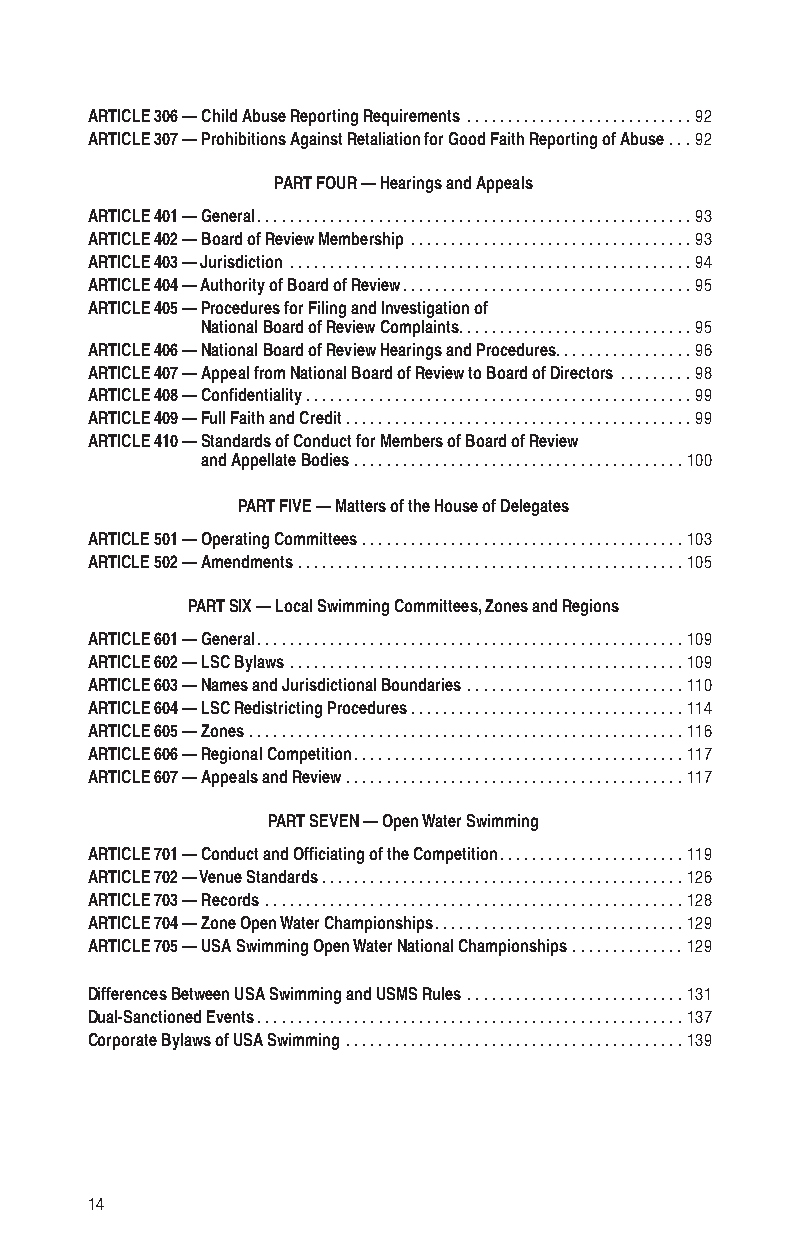
ARTICLE 306 — Child Abuse Reporting Requirements ............................92
 ARTICLE 307 — Prohibitions Against Retaliation for Good Faith Reporting of Abuse ...92
 PART FOUR — Hearings and Appeals
 ARTICLE 401 — General ......................................................93
 ARTICLE 402 — Board of Review Membership ...................................93
 ARTICLE 403 — Jurisdiction ..................................................94
 ARTICLE 404 — Authority of Board of Review ....................................95
 ARTICLE 405 — Procedures for Filing and Investigation of
 National Board of Review Complaints .............................95
 ARTICLE 406 — National Board of Review Hearings and Procedures .................96
 ARTICLE 407 — Appeal from National Board of Review to Board of Directors .........98
 ARTICLE 408 — Confidentiality ................................................99
 ARTICLE 409 — Full Faith and Credit ...........................................99
 ARTICLE 410 — Standards of Conduct for Members of Board of Review
 and Appellate Bodies .........................................100
 PART FIVE — Matters of the House of Delegates
 ARTICLE 501 — Operating Committees ........................................ 103
 ARTICLE 502 — Amendments ................................................ 105
 PART SIX — Local Swimming Committees, Zones and Regions
 ARTICLE 601 — General .....................................................109
 ARTICLE 602 — LSC Bylaws .................................................109
 ARTICLE 603 — Names and Jurisdictional Boundaries ...........................110
 ARTICLE 604 — LSC Redistricting Procedures ..................................114
 ARTICLE 605 — Zones ......................................................116
 ARTICLE 606 — Regional Competition .........................................117
 ARTICLE 607 — Appeals and Review ..........................................117
 PART SEVEN — Open Water Swimming
 ARTICLE 701 — Conduct and Officiating of the Competition .......................119
 ARTICLE 702 — Venue Standards .............................................126
 ARTICLE 703 — Records ....................................................128
 ARTICLE 704 — Zone Open Water Championships ...............................129
 ARTICLE 705 — USA Swimming Open Water National Championships ..............129
 Differences Between USA Swimming and USMS Rules ...........................131
 Dual-Sanctioned Events .....................................................137
 Corporate Bylaws of USA Swimming ..........................................139
 14